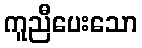
ကူညီပေးသော